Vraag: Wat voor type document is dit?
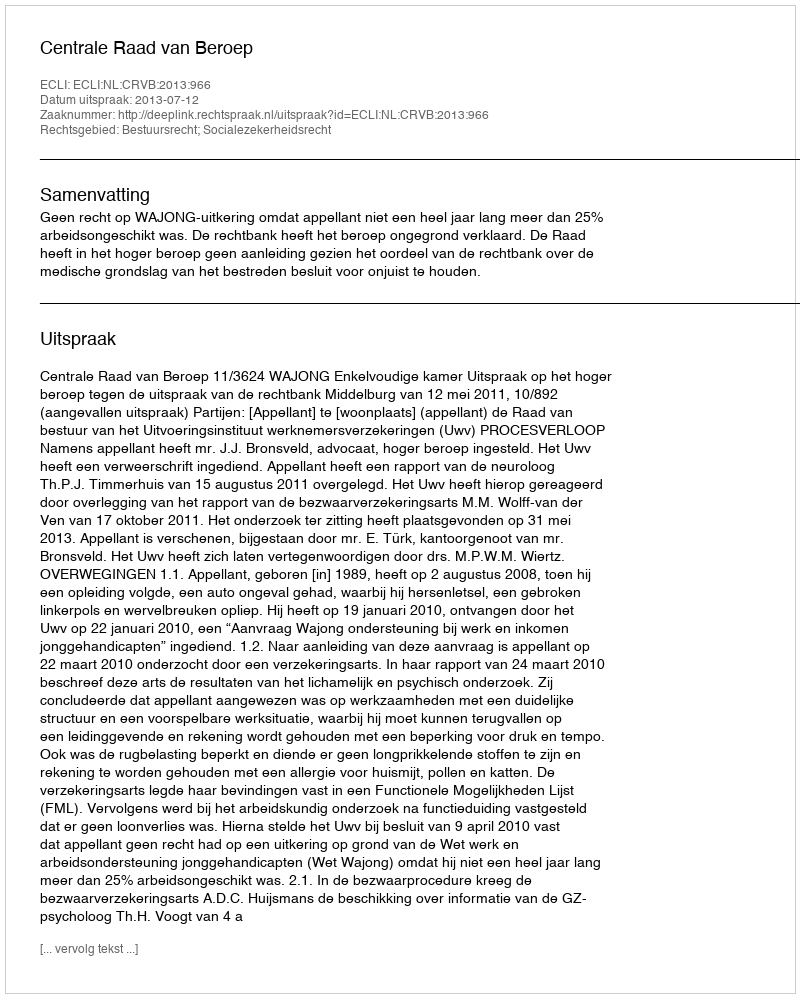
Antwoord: Uitspraak